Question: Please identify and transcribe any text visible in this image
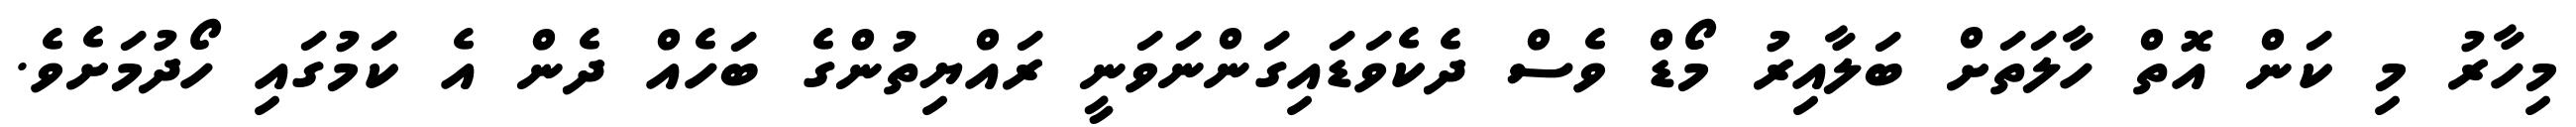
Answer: މިހާރު މި ކަން އޮތް ހާލަތަށް ބަލާއިރު މޯޑް ވެސް ދެކެވަޑައިގަންނަވަނީ ރައްޔިތުންގެ ބަހެއް ދެން އެ ކަމުގައި ހޯދުމަށެވެ.